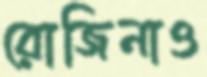
রোজিনাও